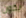
يكون